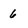
Character: 6